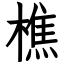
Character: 樵